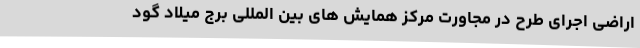
اراضی اجرای طرح در مجاورت مرکز همایش های بین المللی برج میلاد گود